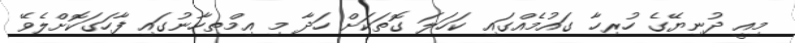
މިއީ ދުނިޔޭގެ ހުރިހާ ގައުމެއްގައި ކަހަލަ ގޮތަކަށް ހަދާ މި އިމްތިހާނުގައި ފާހަގަކޮށްލެވޭ